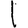
Digit: 1